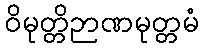
ဝိမုတ္တိဉာဏမုတ္တမံ